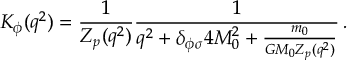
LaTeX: K _ { \phi } ( q ^ { 2 } ) = { \frac { 1 } { Z _ { p } ( q ^ { 2 } ) } } { \frac { 1 } { q ^ { 2 } + \delta _ { \phi \sigma } 4 M _ { 0 } ^ { 2 } + { \frac { m _ { 0 } } { G M _ { 0 } Z _ { p } ( q ^ { 2 } ) } } } } \, .